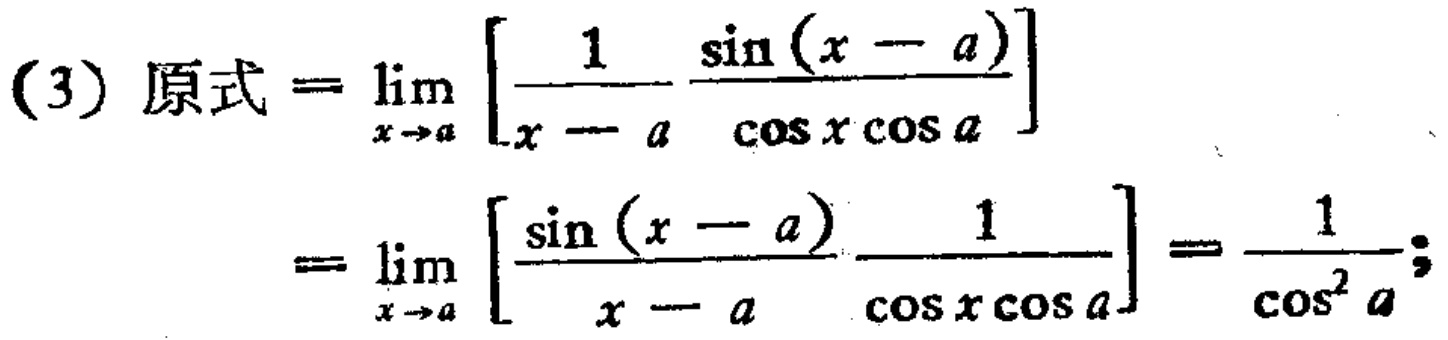
(3) 原式$=\lim_{x \to a} \left[\frac{1}{x - a}-\frac{\sin(x - a)}{\cos x\cos a}\right]$
$=\lim_{x \to a} \left[\frac{\sin(x - a)}{x - a}\cdot\frac{1}{\cos x\cos a}\right]=\frac{1}{\cos^{2} a};$